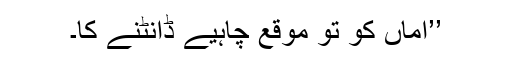
’’اماں کو تو موقع چاہیے ڈانٹنے کا۔